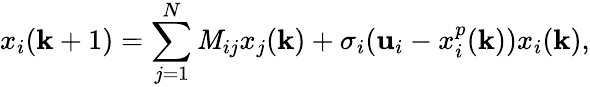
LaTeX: x_{i}(\mathbf{k}+1)=\sum_{j=1}^{N}\mathit{M}_{ij}x_{j}(\mathbf{k})+\sigma_{i}(\mathbf{u}_{i}-x_{i}^{p}(\mathbf{k}))x_{i}(\mathbf{k}),